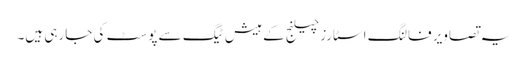
یہ تصاویر فالنگ اسٹارز چیلنج کے ہیش ٹیگ سے پوسٹ کی جارہی ہیں۔